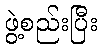
ဖွဲ့စည်းပြီး